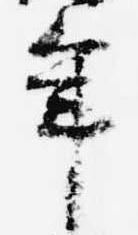
年